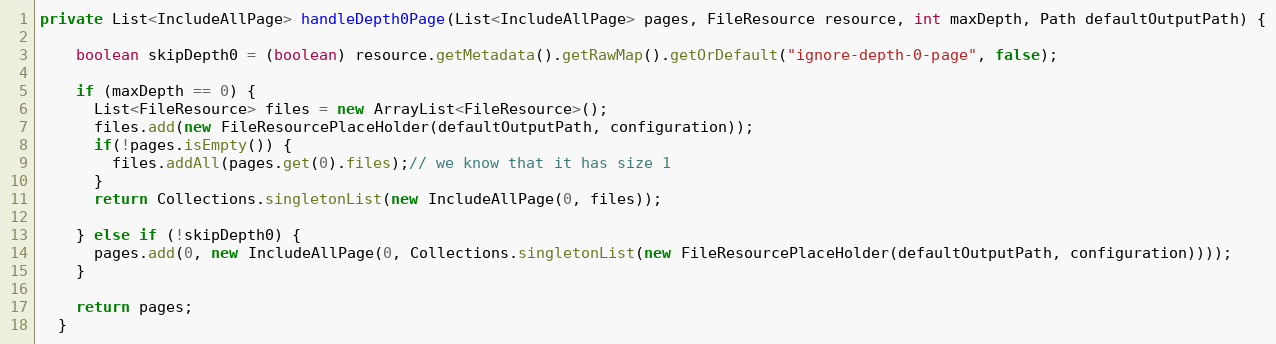
Language: Java
private List<IncludeAllPage> handleDepth0Page(List<IncludeAllPage> pages, FileResource resource, int maxDepth, Path defaultOutputPath) {

    boolean skipDepth0 = (boolean) resource.getMetadata().getRawMap().getOrDefault("ignore-depth-0-page", false);

    if (maxDepth == 0) {
      List<FileResource> files = new ArrayList<FileResource>();
      files.add(new FileResourcePlaceHolder(defaultOutputPath, configuration));
      if(!pages.isEmpty()) {
        files.addAll(pages.get(0).files);// we know that it has size 1
      }
      return Collections.singletonList(new IncludeAllPage(0, files));

    } else if (!skipDepth0) {
      pages.add(0, new IncludeAllPage(0, Collections.singletonList(new FileResourcePlaceHolder(defaultOutputPath, configuration))));
    }

    return pages;
  }